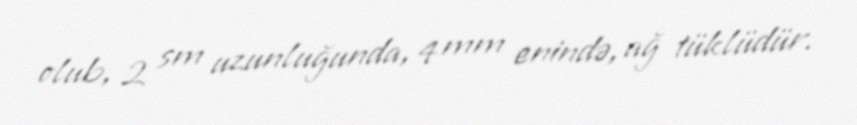
olub, 2 sm uzunluğunda, 4 mm enində, ağ tüklüdür.